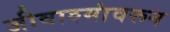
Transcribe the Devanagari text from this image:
जीवाश्मांवरून